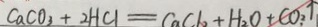
C a C O _ { 3 } + 2 H C l = C a C l _ { 2 } + H _ { 2 } O + C O _ { 2 } \uparrow